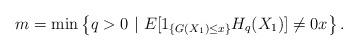
LaTeX: \begin{align*}m = \min \left \{ q >0 \ \vert \ E [1_{\{ G(X_1) \leq x \} } H_q(X_1)] \not =0 x \right \}.\end{align*}